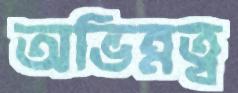
অভিন্নত্ব